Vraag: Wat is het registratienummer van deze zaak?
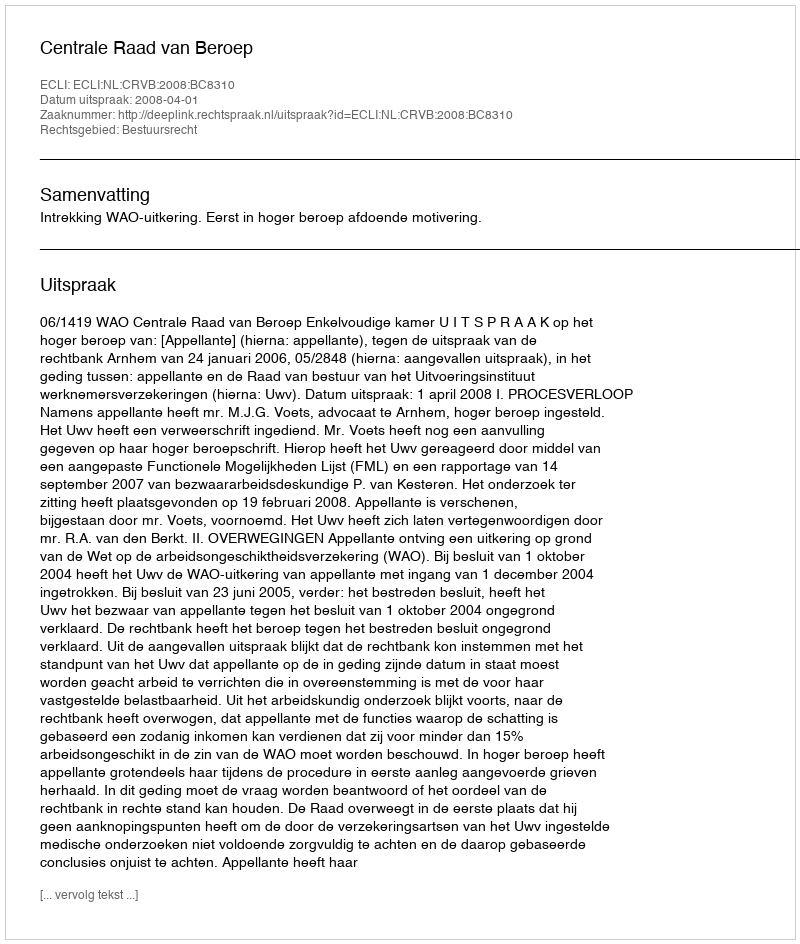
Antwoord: http://deeplink.rechtspraak.nl/uitspraak?id=ECLI:NL:CRVB:2008:BC8310